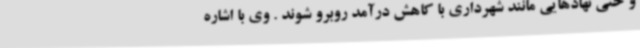
و حتی نهادهایی مانند شهرداری با کاهش درآمد روبرو شوند . وی با اشاره